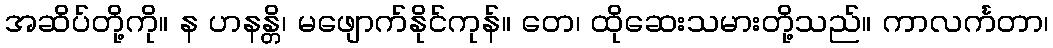
အဆိပ်တို့ကို။ န ဟနန္တိ၊ မဖျောက်နိုင်ကုန်။ တေ၊ ထိုဆေးသမားတို့သည်။ ကာလင်္ကတာ၊